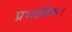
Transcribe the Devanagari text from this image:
प्रभाविकत